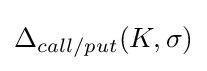
\Delta _{call/put}(K,\sigma )